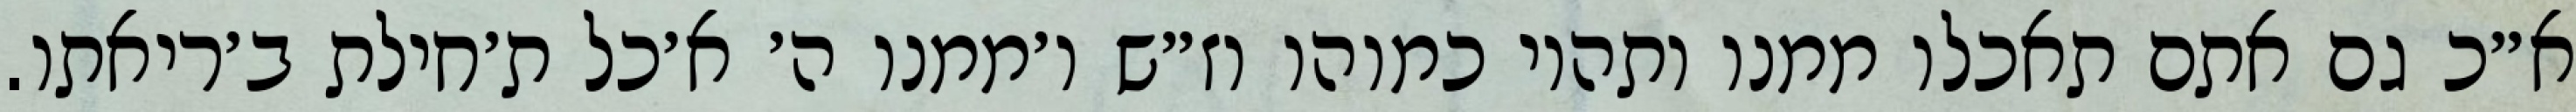
א״כ גם אתם תאכלו ממנו ותהיו כמוהו וז״ש ו׳ממנו ה׳ א׳כל ת׳חילת ב׳ריאתו.